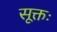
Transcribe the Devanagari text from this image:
सूक्तः